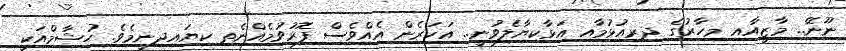
ނޫނޭ.. މާޒީއާއި މިހާރުގެ ދިރިއުޅުމާއި އަޅާކިޔާލެވުނީ.. އަހަރެން އެއްވެސް ފޮރުވުމެއްނެތި ކިޔައިދިނީމެވެ. ހުޝާމްއަކީ